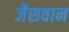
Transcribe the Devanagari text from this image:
जैसवान